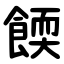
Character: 餪